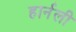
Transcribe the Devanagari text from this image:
हार्नली